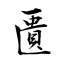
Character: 匱